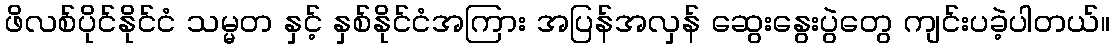
ဖိလစ်ပိုင်နိုင်ငံ သမ္မတ နှင့် နှစ်နိုင်ငံအကြား အပြန်အလှန် ဆွေးနွေးပွဲတွေ ကျင်းပခဲ့ပါတယ်။